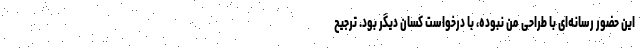
این حضور رسانه‌ای با طراحی من نبوده، با درخواست کسان دیگر بود. ترجیح